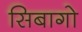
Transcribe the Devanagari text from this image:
सिबागो